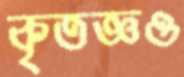
কৃতজ্ঞও